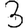
Digit: 3